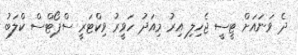
ދެ ވަނައަށް ޓީސީ ޖެހިލި އިރު މިއަދު ހަވީރު ވިކްޓަރީ ސްޕޯޓްސް ކްލަބު